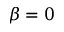
\beta = 0